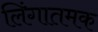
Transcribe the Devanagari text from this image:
लिंगातमक